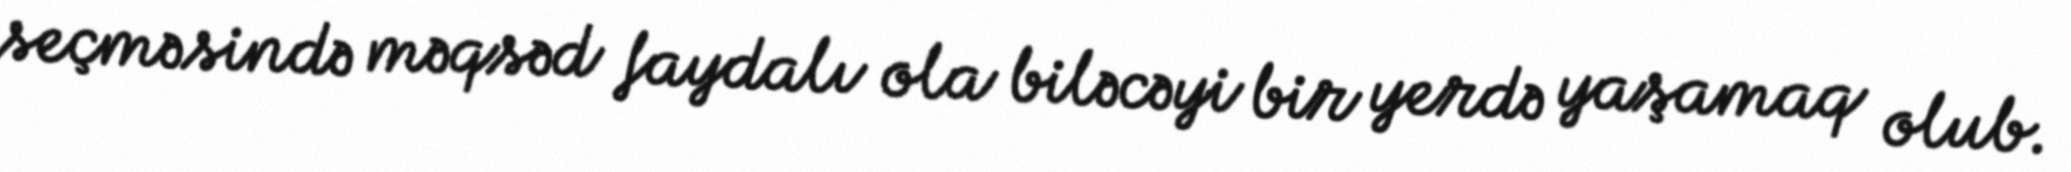
seçməsində məqsəd faydalı ola biləcəyi bir yerdə yaşamaq olub.